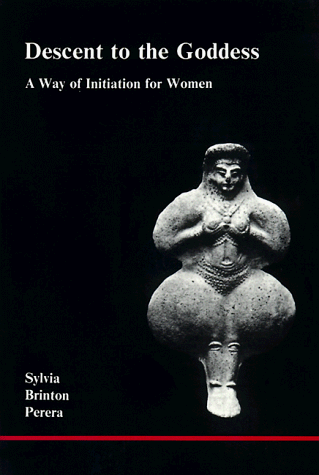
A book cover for Descent to the Goddess: A Way of Initiation for Women; Sylvia Brinton Perera; Literature & Fiction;